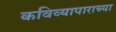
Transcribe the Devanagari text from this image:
कविव्यापाराच्या